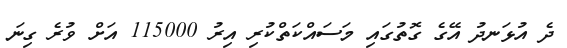
ދެ އުޅަނދު އޭގެ ގޮތުގައި މަސައްކަތްކުރި އިރު 115000 އަށް ވުރެ ގިނަ